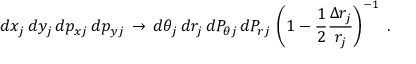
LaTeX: d x _ { j } \, d y _ { j } \, d p _ { x j } \, d p _ { y j } \, \rightarrow \, d \theta _ { j } \, d r _ { j } \, d P _ { \theta j } \, d P _ { r j } \, \left( 1 - \frac { 1 } { 2 } \frac { \Delta r _ { j } } { r _ { j } } \right) ^ { - 1 } \; .